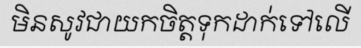
មិនសូវជាយកចិត្តទុកដាក់ទៅលើ